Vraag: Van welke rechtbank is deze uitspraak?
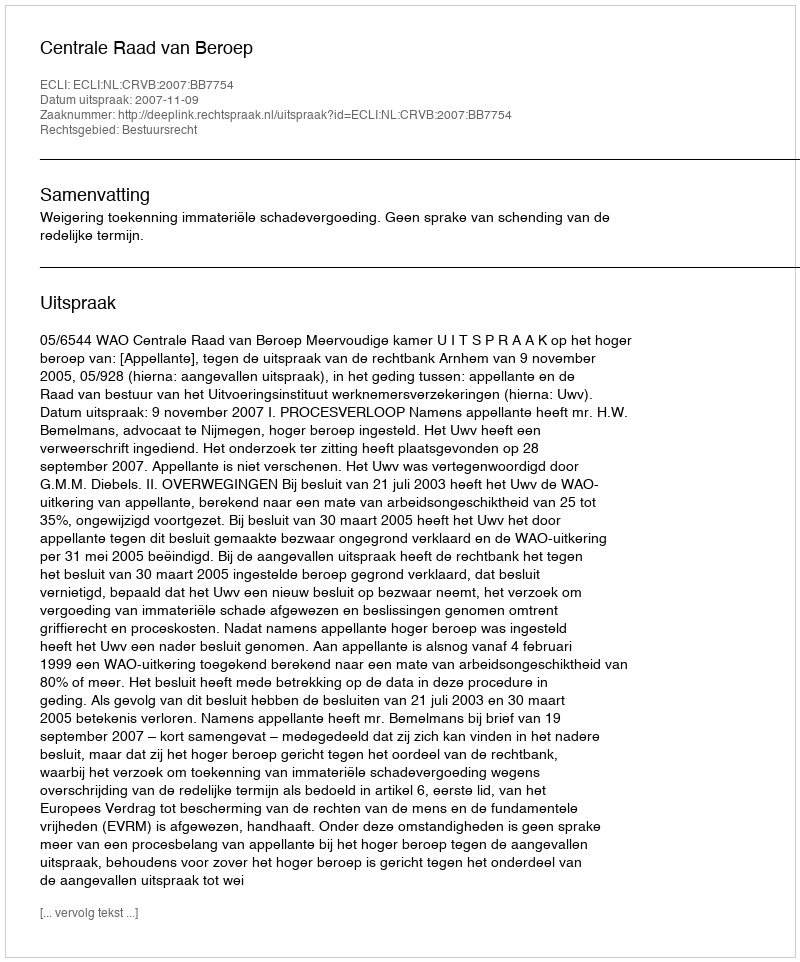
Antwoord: Centrale Raad van Beroep